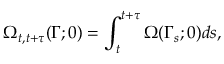
\Omega _ { t , t + \tau } ( \Gamma ; 0 ) = \int _ { t } ^ { t + \tau } \Omega ( \Gamma _ { s } ; 0 ) d s ,